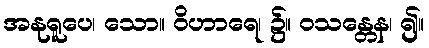
အနုရူပေ၊ သော။ ဝိဟာရေ၊ ၌။ ဝသန္တေန၊ ၍။